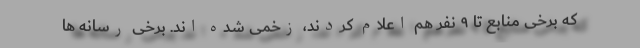
که برخی منابع تا ۹ نفر هم اعلام کردند، زخمی شده اند. برخی رسانه ها